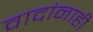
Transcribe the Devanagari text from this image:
वादांनाही